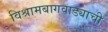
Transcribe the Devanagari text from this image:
विश्रामबागवाड्याची